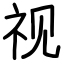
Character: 视